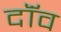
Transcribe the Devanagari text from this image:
दॉंव